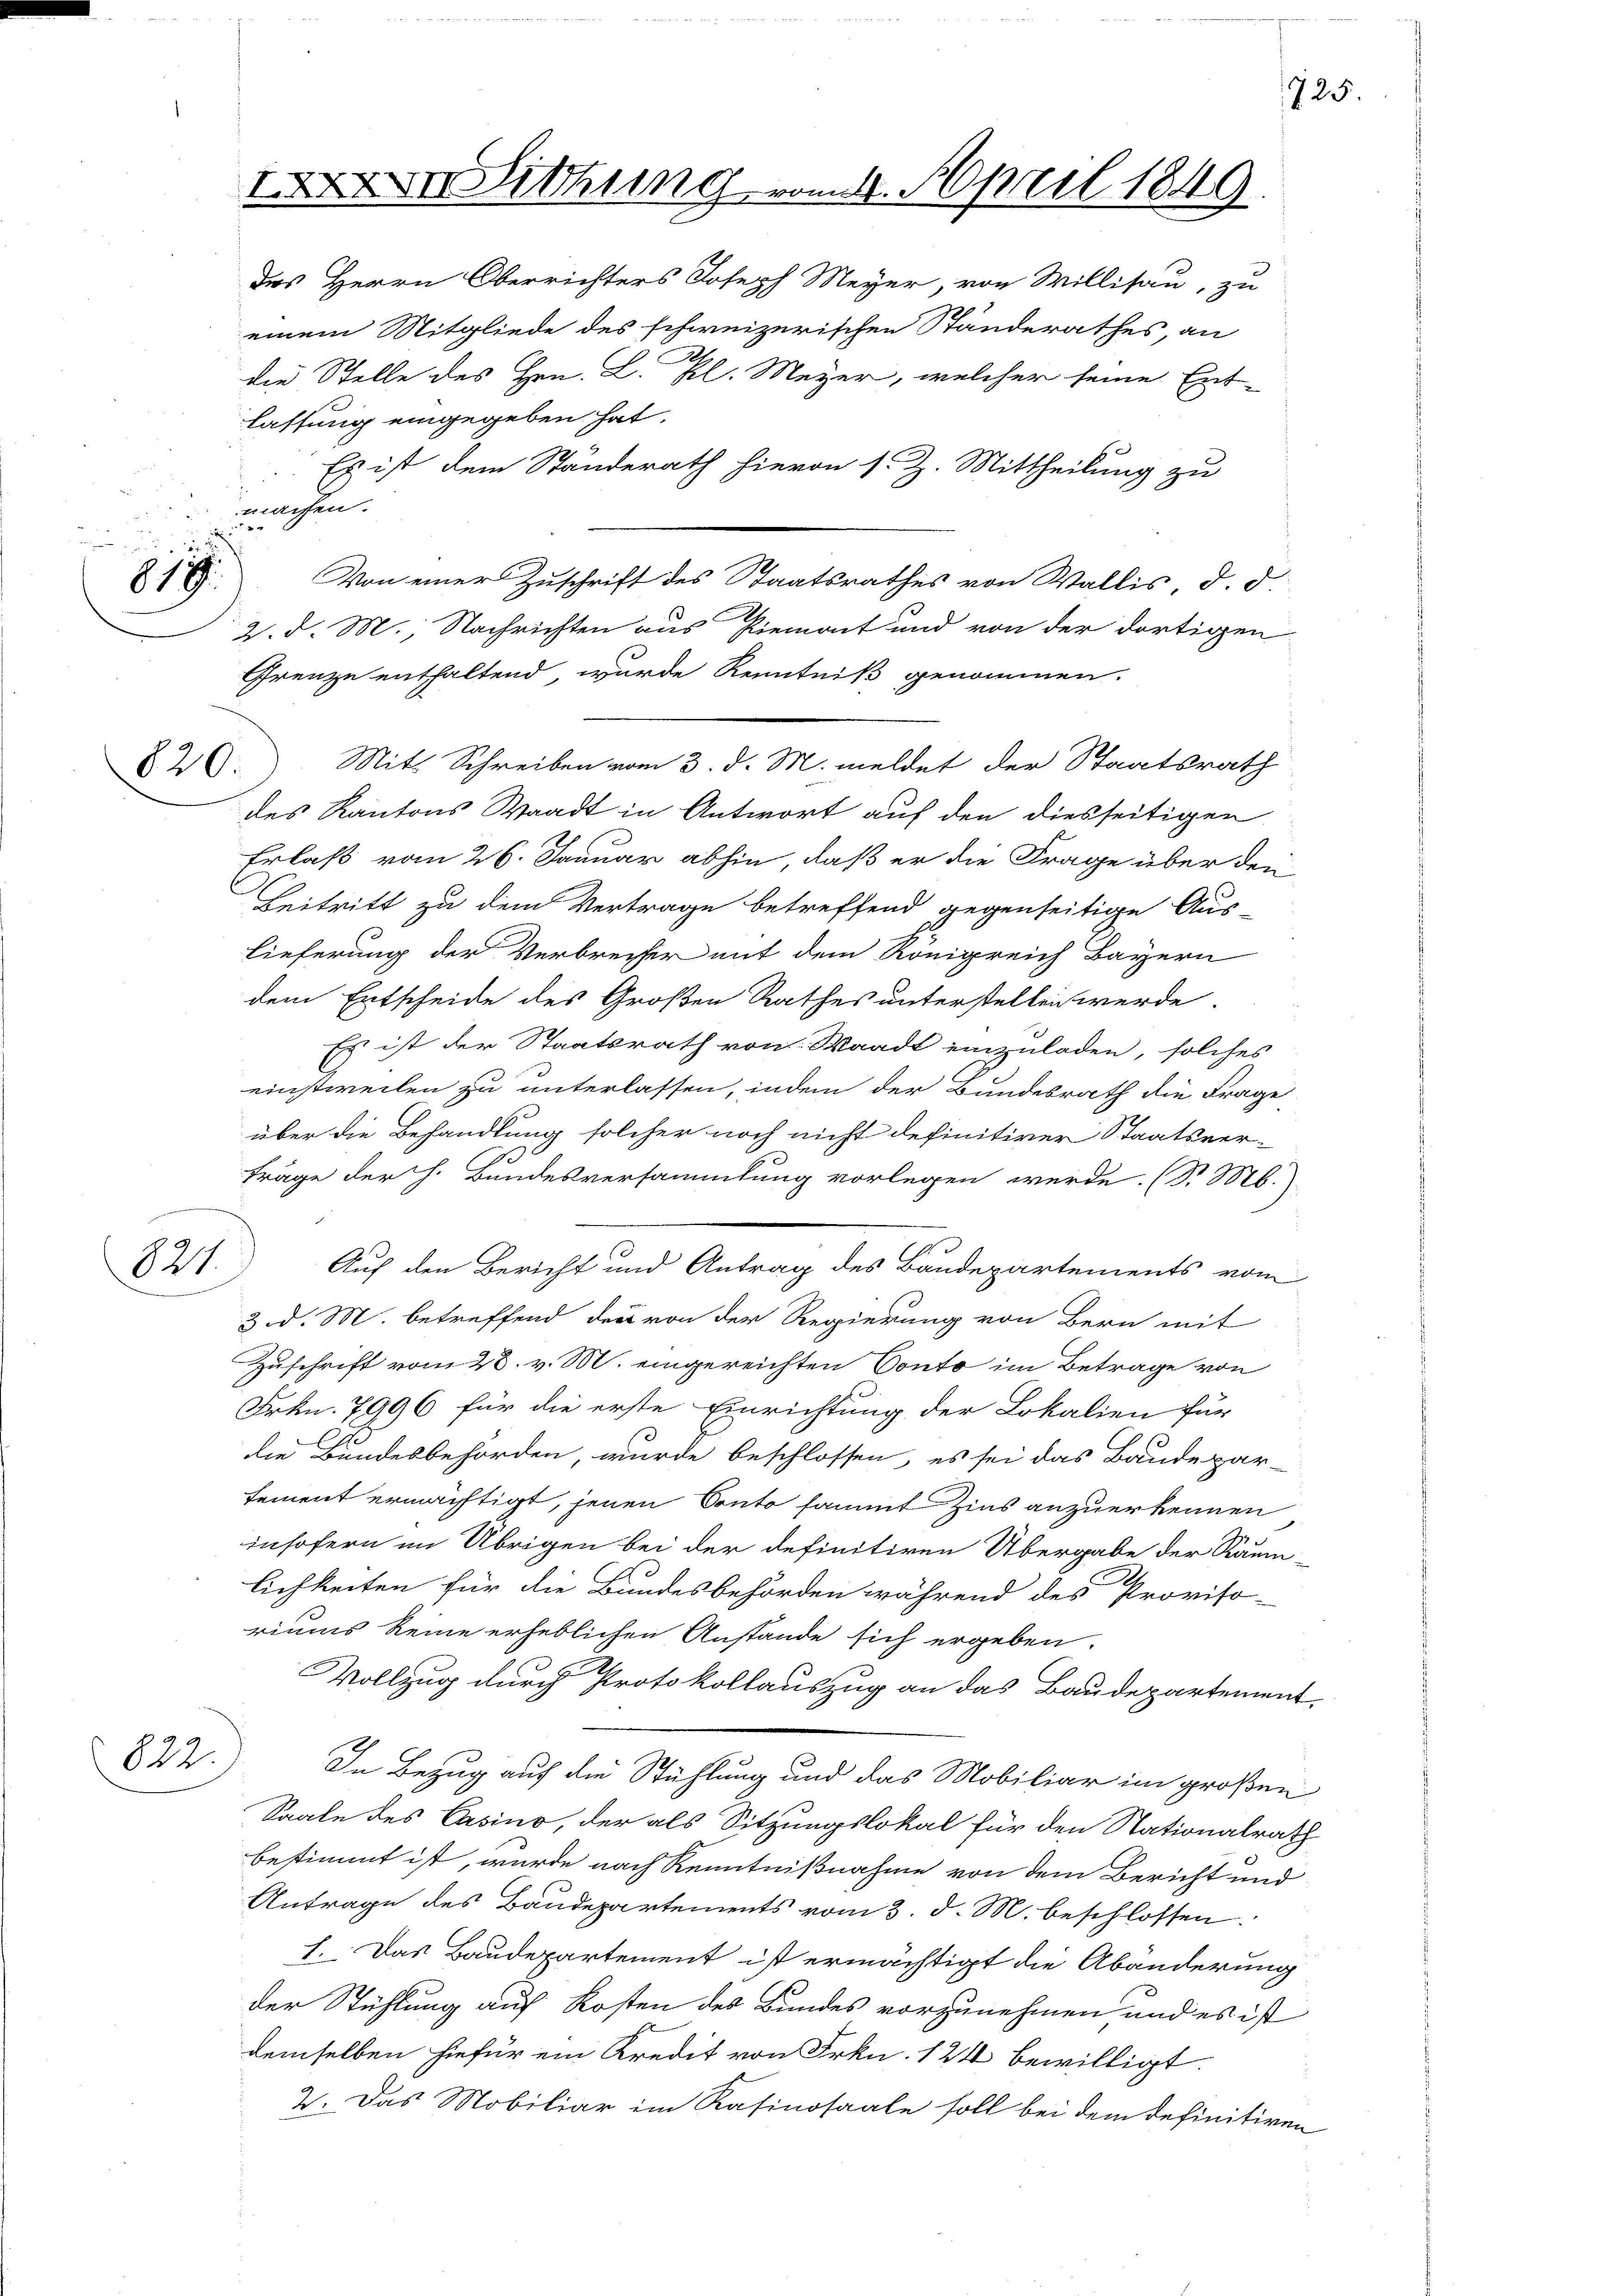
817.

821.

822.

1o Dr. Lithung vom 4. April 1849

machen.

des Herrn Oberrichters Joseph Meyer, von Willisau, zu
einem Mitgliede des schweizerischen Ständerathes, an
A
die Stelle des Hrn. L. kl. Meyer, welcher seine Ent-
lassung eingegeben hat.
Es ist dem Ständerath hievon s. Z. Mittheilung zu
Von einer Zuschrift des Staatsrathes von Wallis, d. d.
2. d. M., Nachrichten aus Piemont und von der dortigen
Grenze enthaltend, wurde Kenntniß genommen.
826. Mit Schreiben vom 3. d. M. meldet der Staatsrath
des Kantons Waadt in Antwort auf den diesseitigen
Erlaß vom 26. Januar abhin, daß er die Frage über den
Beitritt zu dem Vertrage betreffend gegenseitige Aus-
lieferung der Verbrecher mit dem Königreich Bayern
dem Entscheide des Großen Rathes unterstellen werde.
Es ist der Staatsrath von Waadt einzuladen, solches
einstweilen zu unterlassen, indem der Bundesrath die Frage
über die Behandlung solcher noch nicht definitiver Staatsver-
träge der h. Bundesversammlung vorlegen werde. (Dr. M.
Auf den Bericht und Antrag des Bandepartements vom
3. d. M. betreffend der von der Regierung von Bern mit
Zuschrift vom 28. v. M. eingereichten Conto im Betrage von
Frkn. 7996 für die erste Einrichtung der Lokalien für
die Bundesbehörden, wurde beschlossen, es sei das Baudepar-
tement ermächtigt, jenen Conto sammt Zins anzuerkennen
insofern im Übrigen bei der definitiven Übergabe der Raum-
lichkeiten für die Bundesbehörden während des Proviso-
riums keine erheblichen Anstande sich ergeben:
Vollzug durch Protokollauszug an das Baudepartement.
In Bezug auf die Stühlung und das Mobiliar im großen
Saale des Casino, der als Sitzungslokal für den Stationalrath
bestimmt ist, wurde nach Kenntnißnahme von dem Bericht und
Antrage des Baudepartements vom 3. d. M. beschlossen.
h. Das Baudepartement ist ermächtigt die Abänderung
der Stühlung auf Kosten des Bundes vorzunehmen und es ist
demselben hiefür ein Kredit von Frkn. 124 bewilligt.
2. Das Mobiliar im Rasinosaale soll bei dem definitiven

725.